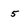
Character: 5